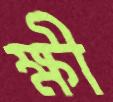
ক্ষী